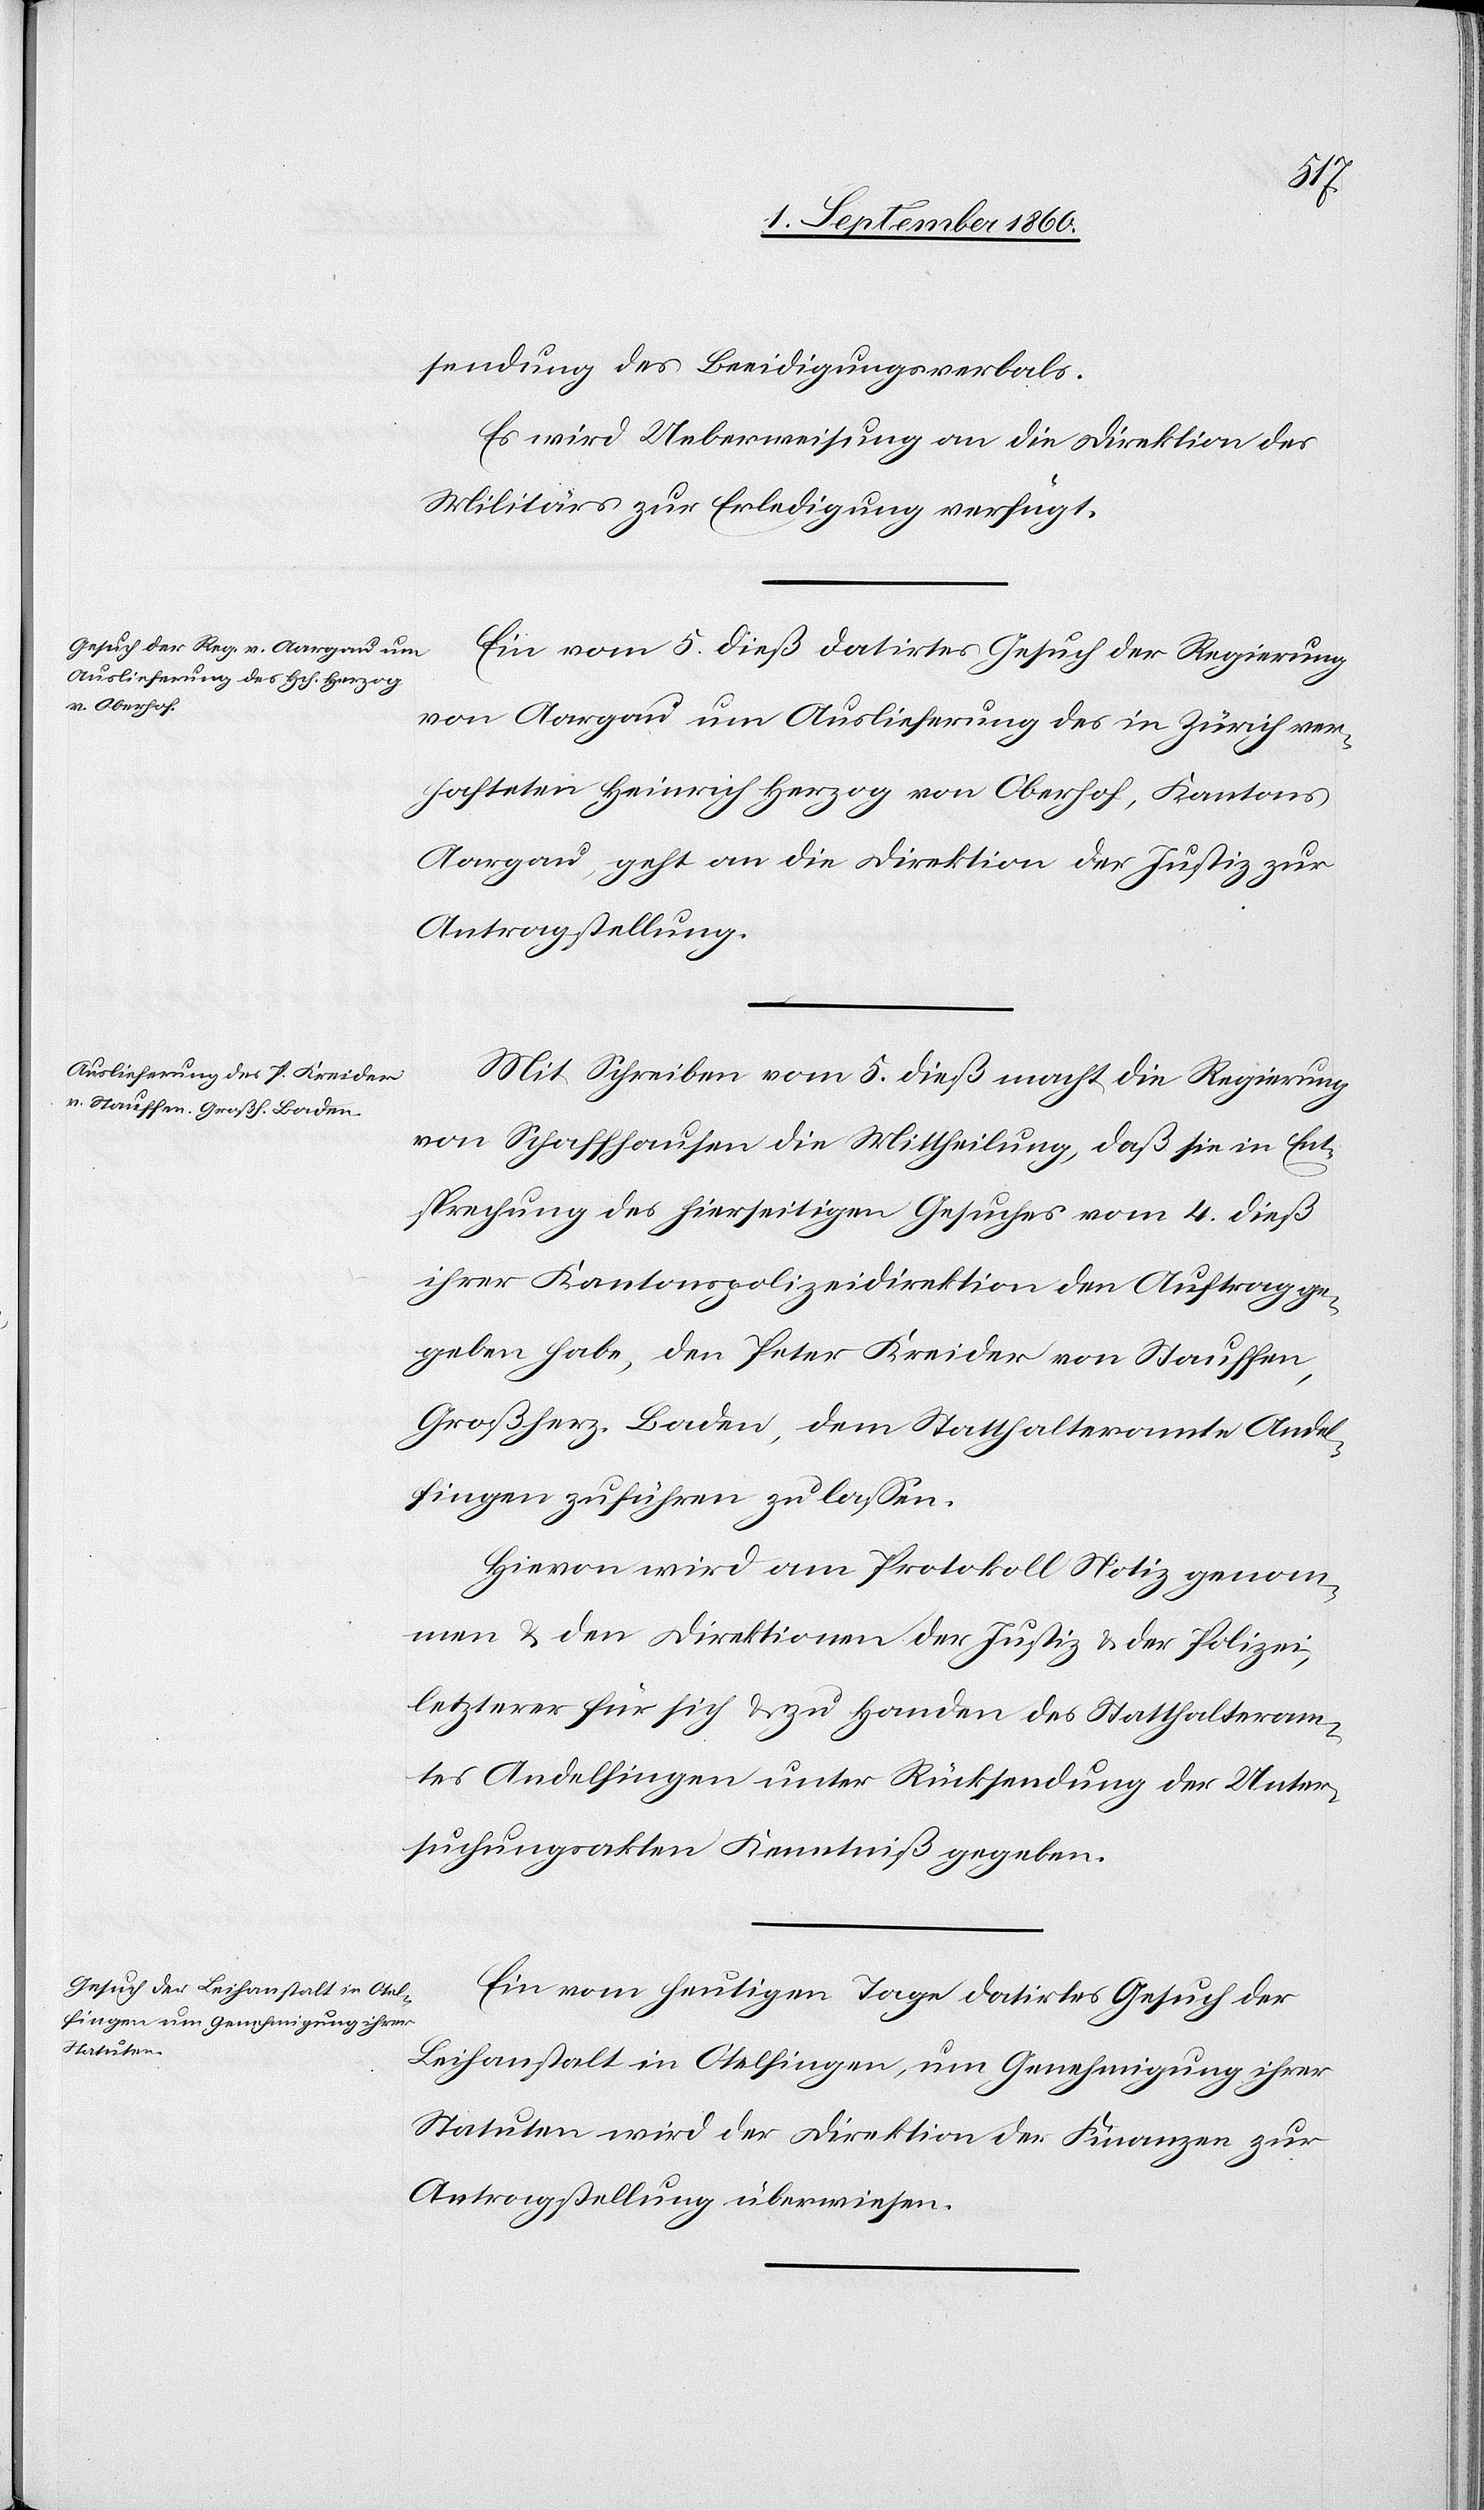
Actum,
7. September 1860.]
sendung des Beeidigungsverbals.
Es wird Ueberweisung an die Direktion des
Militärs zur Erledigung verfügt.
Ein vom 5. dß. datirtes Gesuch der Regierung
von Aargau um Auslieferung des in Zürich ver¬
hafteten Heinrich Herzog von Oberhof, Kantons
Aargau, geht an die Direktion der Justiz zur
Antragstellung.
Mit Schreiben vom 5. dß macht die Regierung
von Schaffhausen die Mittheilung, dass sie in Ent¬
sprechung des hierseitigen Gesuches vom 4. dß
ihrer Kantonspolizeidirektion den Auftrag ge¬
geben habe, den Peter Kreider von Stauffen,
Großherzogth. Baden, dem Statthalteramte Andel¬
fingen zuführen zu lassen.
Hievon wird am Protokoll Notiz genom¬
men u. den Direktionen der Justiz u. der Polizei,
letzterer für sich u. zu Handen des Statthalteram¬
tes Andelfingen unter Rückstellung der Unter¬
suchungsakten Kenntniss gegeben.
Ein vom heutigen Tage datirtes Gesuch der
Leihanstalt in Otelfingen um Genehmigung ihrer
Statuten wird der Direktion der Finanzen zur
Antragstellung überwiesen.